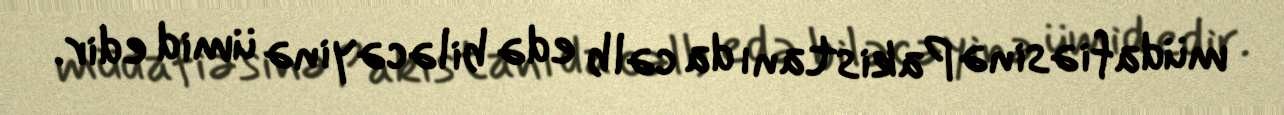
müdafiəsinə Pakistanı da cəlb edə biləcəyinə ümid edir.